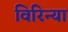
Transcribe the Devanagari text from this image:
विरिन्या